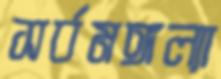
সর্বমঙ্গল্যা